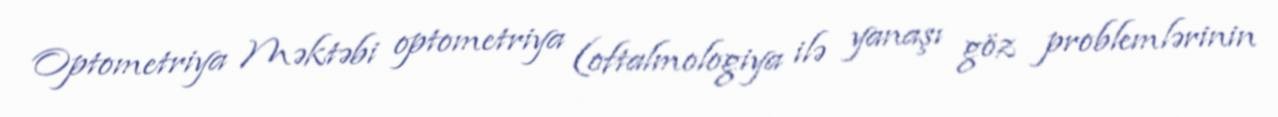
Optometriya Məktəbi optometriya (oftalmologiya ilə yanaşı göz problemlərinin